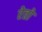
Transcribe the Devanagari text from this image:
रेतो